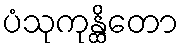
ပံသုကုန္ထိတော